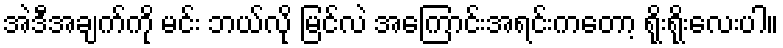
အဲဒီအချက်ကို မင်း ဘယ်လို မြင်လဲ အကြောင်းအရင်းကတော့ ရိုးရိုးလေးပါ။